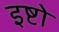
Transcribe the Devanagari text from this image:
इष्टो